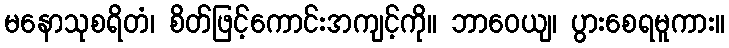
မနောသုစရိတံ၊ စိတ်ဖြင့်ကောင်းအကျင့်ကို။ ဘာဝေယျ၊ ပွားစေရမူကား။